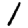
Digit: 1